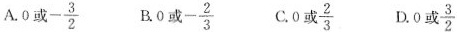
A.0或- \frac{3}{2} B.0或-\frac{2}{3} C.0或\frac{2}{3} D.0或\frac{3}{2}